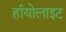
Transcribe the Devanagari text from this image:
र्हायोलाइट